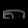
Digit: ၈